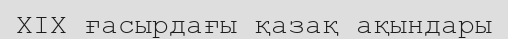
XIX ғасырдағы қазақ ақындары